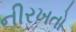
નીરખતો